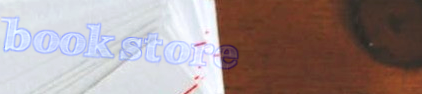
bookstore